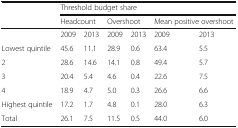
<table><thead><tr><td></td><td colspan="6"><b>Threshold budget share</b></td></tr><tr><td></td><td colspan="2"><b>Headcount</b></td><td colspan="2"><b>Overshoot</b></td><td colspan="2"><b>Mean positive overshoot</b></td></tr></thead><tbody><tr><td></td><td>2009</td><td>2013</td><td>2009</td><td>2013</td><td>2009</td><td>2013</td></tr><tr><td>Lowest quintile</td><td>45.6</td><td>11.1</td><td>28.9</td><td>0.6</td><td>63.4</td><td>5.5</td></tr><tr><td>2</td><td>28.6</td><td>14.6</td><td>14.1</td><td>0.8</td><td>49.4</td><td>5.7</td></tr><tr><td>3</td><td>20.4</td><td>5.4</td><td>4.6</td><td>0.4</td><td>22.6</td><td>7.5</td></tr><tr><td>4</td><td>18.9</td><td>4.7</td><td>5.0</td><td>0.3</td><td>26.6</td><td>6.6</td></tr><tr><td>Highest quintile</td><td>17.2</td><td>1.7</td><td>4.8</td><td>0.1</td><td>28.0</td><td>6.3</td></tr><tr><td>Total</td><td>26.1</td><td>7.5</td><td>11.5</td><td>0.5</td><td>44.0</td><td>6.0</td></tr></tbody></table>